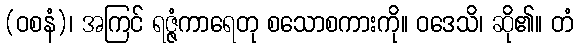
(ဝစနံ)၊ အကြင် ရဇ္ဇံကာရေတု စသောစကားကို။ ဝဒေသိ၊ ဆို၏။ တံ